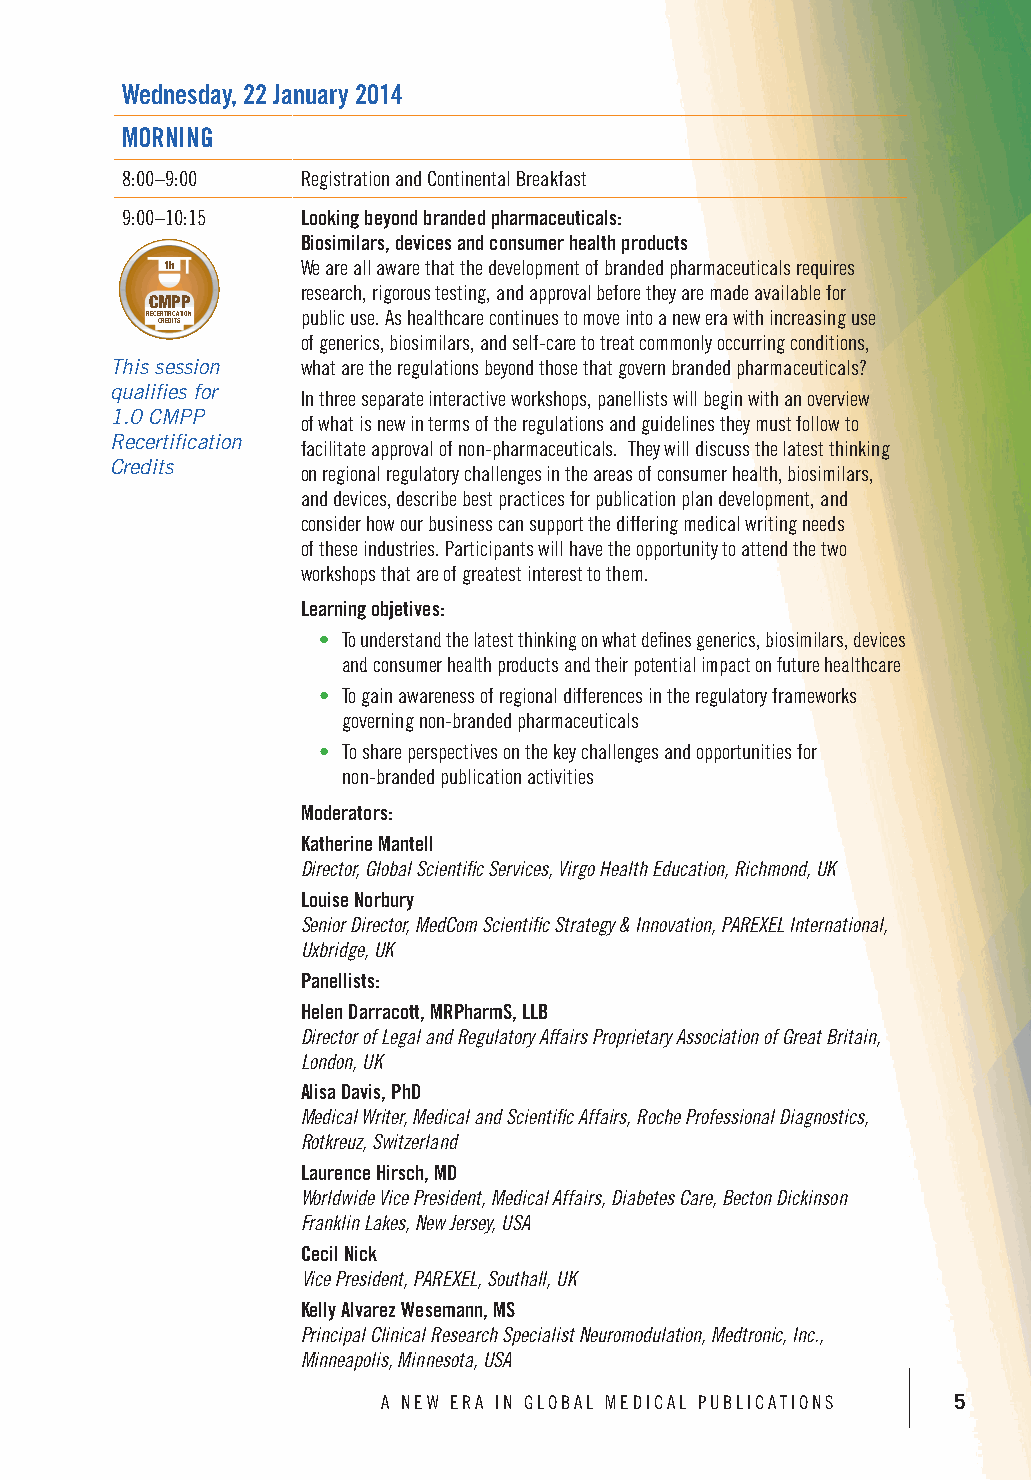
Wednesday, 22 January 2014
 MORNING
 8:00–9:00  Registration and Continental Breakfast
 9:00–10:15 Looking beyond branded pharmaceuticals:
 Biosimilars, devices and consumer health products
 1h      0.5hWe are all awa3hre that the development of branded pharmaceuticals requires
 research, rigorous testing, and approval before they are made available for
 CMPP    CMPP    CMPP
 RECERTIFICATION RECERTIFICATIOpNublic use. RAECEsRT IFhICAeTIOaNlthcare continues to move into a new era with increasing use
 CREDITS CREDITS CREDITS
 of generics, biosimilars, and self-care to treat commonly occurring conditions,
 This session what are the regulations beyond those that govern branded pharmaceuticals?
 qualifies for In three separate interactive workshops, panellists will begin with an overview
 1.0 CMPP    of what is new in terms of the regulations and guidelines they must follow to
 Recertification facilitate approval of non-pharmaceuticals. They will discuss the latest thinking
 Credits     on regional regulatory challenges in the areas of consumer health, biosimilars,
 and devices, describe best practices for publication plan development, and
 consider how our business can support the differing medical writing needs
 of these industries. Participants will have the opportunity to attend the two
 workshops that are of greatest interest to them.
 Learning objetives:
 • To understand the latest thinking on what defines generics, biosimilars, devices
 and consumer health products and their potential impact on future healthcare
 • To gain awareness of regional differences in the regulatory frameworks
 governing non-branded pharmaceuticals
 • To share perspectives on the key challenges and opportunities for
 non-branded publication activities
 Moderators:
 Katherine Mantell
 Director, Global Scientific Services, Virgo Health Education, Richmond, UK
 Louise Norbury
 Senior Director, MedCom Scientific Strategy & Innovation, PAREXEL International,
 Uxbridge, UK
 Panellists:
 Helen Darracott, MRPharmS, LLB
 Director of Legal and Regulatory Affairs Proprietary Association of Great Britain,
 London, UK
 Alisa Davis, PhD
 Medical Writer, Medical and Scientific Affairs, Roche Professional Diagnostics,
 Rotkreuz, Switzerland
 Laurence Hirsch, MD
 Worldwide Vice President, Medical Affairs, Diabetes Care, Becton Dickinson
 Franklin Lakes, New Jersey, USA
 Cecil Nick
 Vice President, PAREXEL, Southall, UK
 Kelly Alvarez Wesemann, MS
 Principal Clinical Research Specialist Neuromodulation, Medtronic, Inc.,
 Minneapolis, Minnesota, USA
 A NEW ERA IN GLOBAL MEDICAL PUBLICATIONS 5